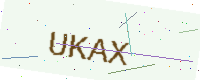
Text: UKAX